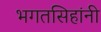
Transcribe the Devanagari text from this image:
भगतसिहांनी